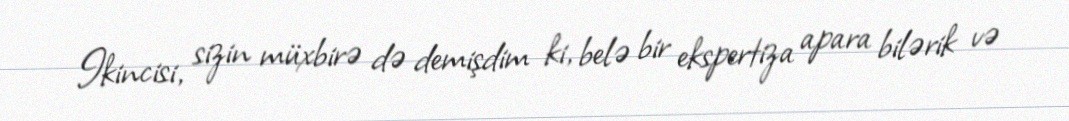
Ikincisi, sizin müxbirə də demişdim ki, belə bir ekspertiza apara bilərik və